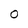
Character: 0